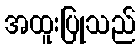
အထူးပြုသည်